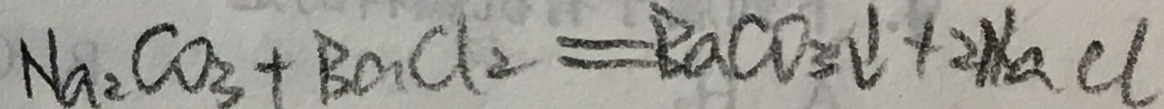
N a _ { 2 } C O _ { 3 } + B a C l _ { 2 } = B a C O _ { 3 } \downarrow + 2 N a C l